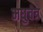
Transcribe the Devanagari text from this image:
मधुचेत्र